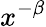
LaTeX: x^{-\beta}